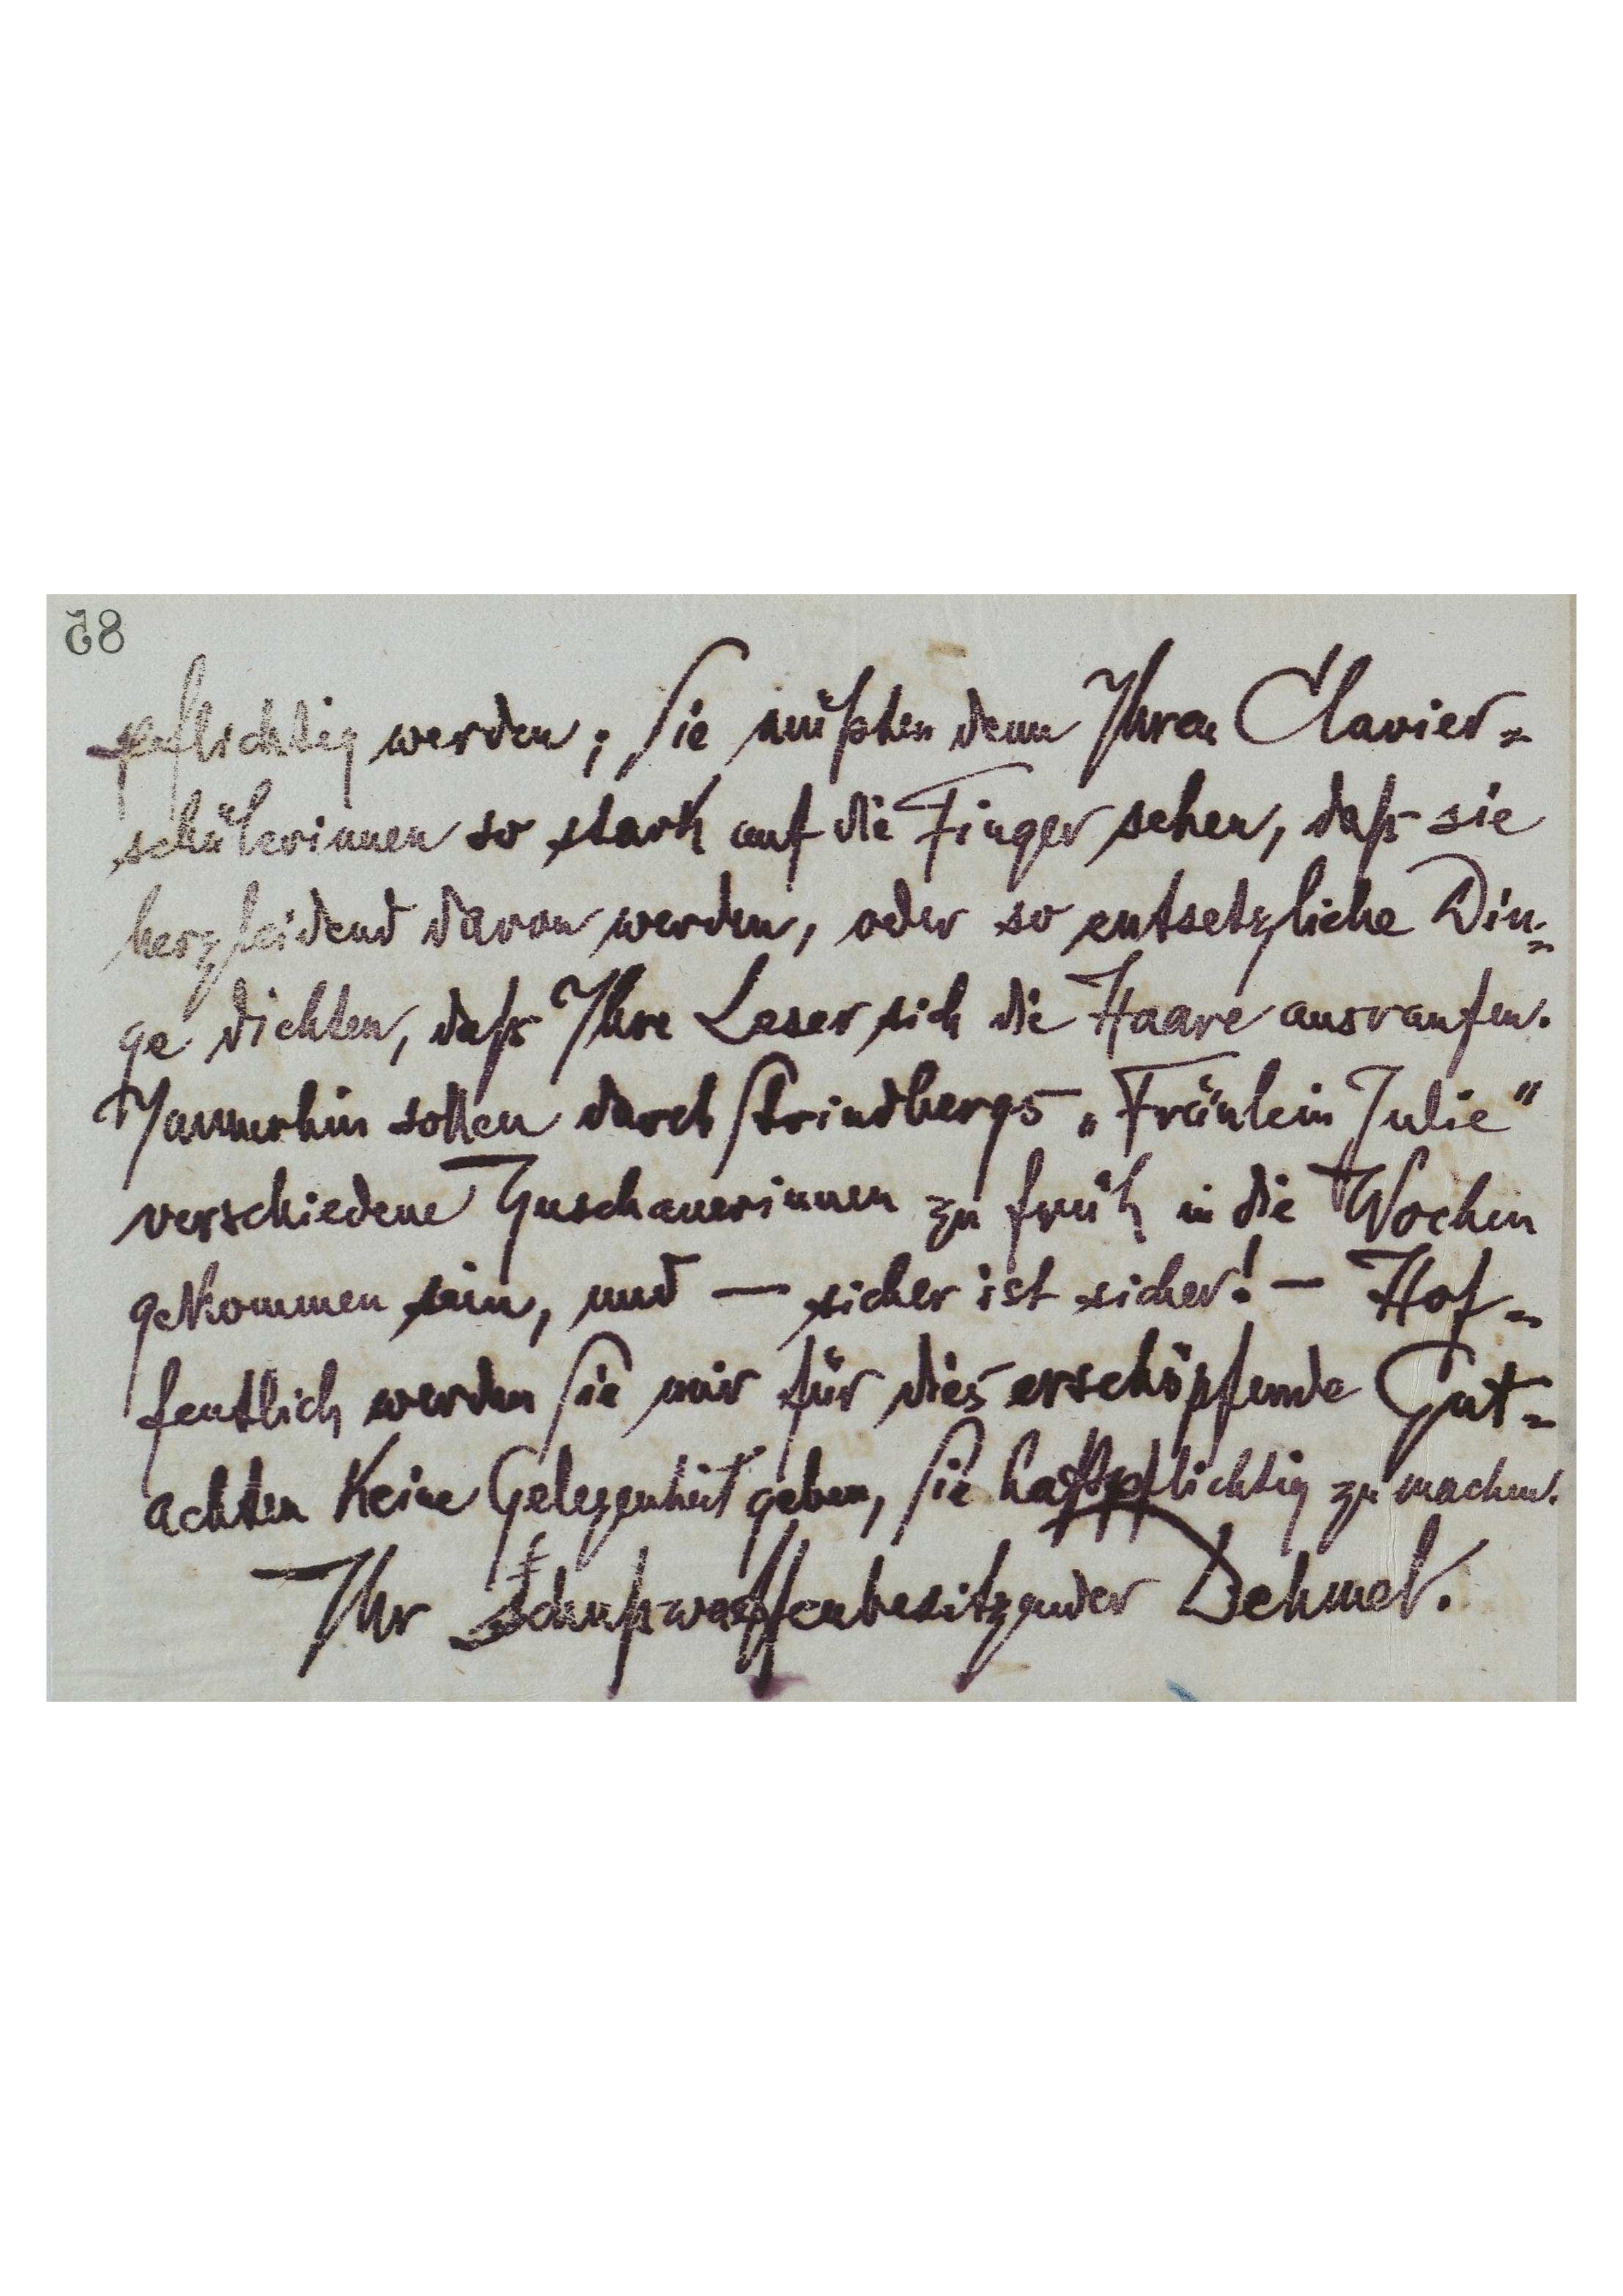
pflichtig werden; Sie müßten denn Ihren Clavier-
schülerinnen so stark auf die Finger sehen, daß sie
herzleidend daran werden, oder so entsetzliche Din-
ge dichten, daß Ihre Leser sich die Haare ausraufen.
Immerhin sollen durch Strindbergs "Fräulein Julie"
verschiedene Zuschauerinnen zu früh in die Wochen
gekommen sein, und - sicher ist sicher! - Hof-
fentlich werden Sie mir für dies erschöpfende Gut-
achten keine Gelegenheit geben, Sie haftpflichtig zu machen.
Ihr schutzwaffenbesitzender Dehmel.